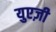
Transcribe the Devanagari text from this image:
युएज़ी